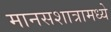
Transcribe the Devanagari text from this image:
मानसशात्रामध्ये